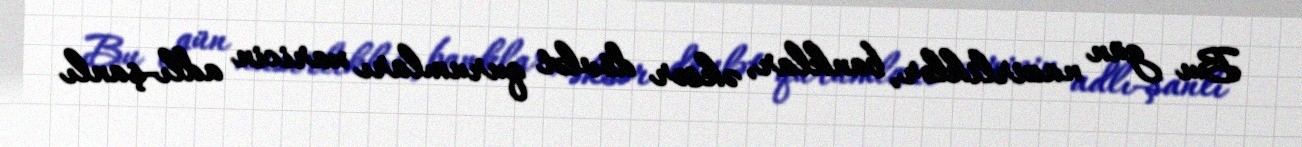
Bu gün nazirliklər, banklar, əksər dövlət qurumları xaricin adlı-şanlı